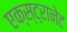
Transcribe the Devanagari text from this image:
एक्स्ट्रानेट